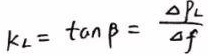
$k_{L}=\tan\beta=\frac{\Delta p_{L}}{\Delta f}$